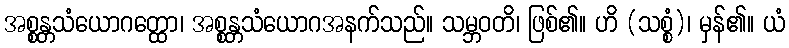
အစ္စန္တသံယောဂတ္ထော၊ အစ္စန္တသံယောဂအနက်သည်။ သမ္ဘဝတိ၊ ဖြစ်၏။ ဟိ (သစ္စံ)၊ မှန်၏။ ယံ